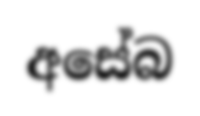
අසේබ